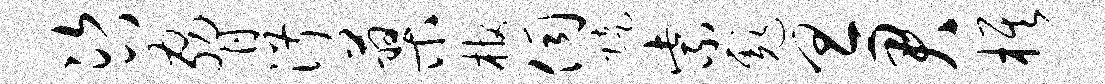
咨胁淑蓼棺伺陡紫彪旦君旗